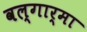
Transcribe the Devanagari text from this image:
वल्गार्मा